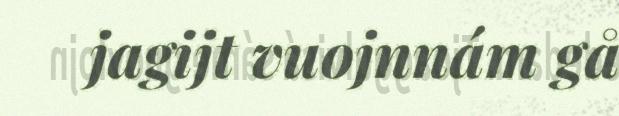
jagijt vuojnnám gå